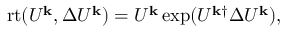
\mathrm { r t } ( U ^ { \mathbf { k } } , \Delta U ^ { \mathbf { k } } ) = U ^ { \mathbf { k } } \exp ( U ^ { \mathbf { k } \dagger } \Delta U ^ { \mathbf { k } } ) ,